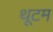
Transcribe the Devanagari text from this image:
थूटम